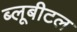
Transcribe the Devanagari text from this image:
ब्‍लूबीटल